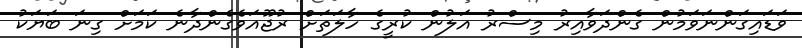
ވަޑައިގަންނަވަމުން ގެންދަވާއިރު މިސްރު އަލުން ކުރީގެ ހާލަތަށް ރުޖޫއަވެގެންދާނެ ކަމަށް ގިނަ ބަޔަކު